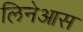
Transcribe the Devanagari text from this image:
लिनेआस